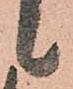
候